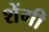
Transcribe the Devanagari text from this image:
शेंगी